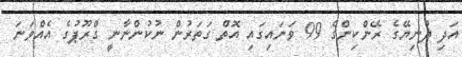
އަދި ދުނިޔޭގެ ރޭންކިންގެ 99 ވަނައިގައި އޮތް ގަތަރުން ނުކުންނާނީ ގްރޫޕުގެ އެއްވަނަ